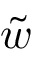
\tilde { w }